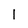
Character: 1